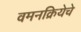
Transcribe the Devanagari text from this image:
वमनक्रियेचे